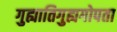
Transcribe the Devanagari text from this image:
गुह्यातिगुह्यगोपता